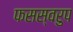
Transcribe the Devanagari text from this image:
फसस्वरुप